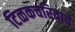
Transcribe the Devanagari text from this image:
टिळकचरित्राचे